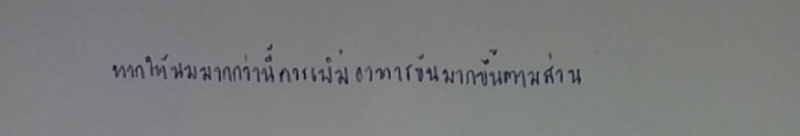
หากให้น้ำนมเกินกว่านี้ควรเพิ่มอาหารข้นมากขึ้นตามส่วน